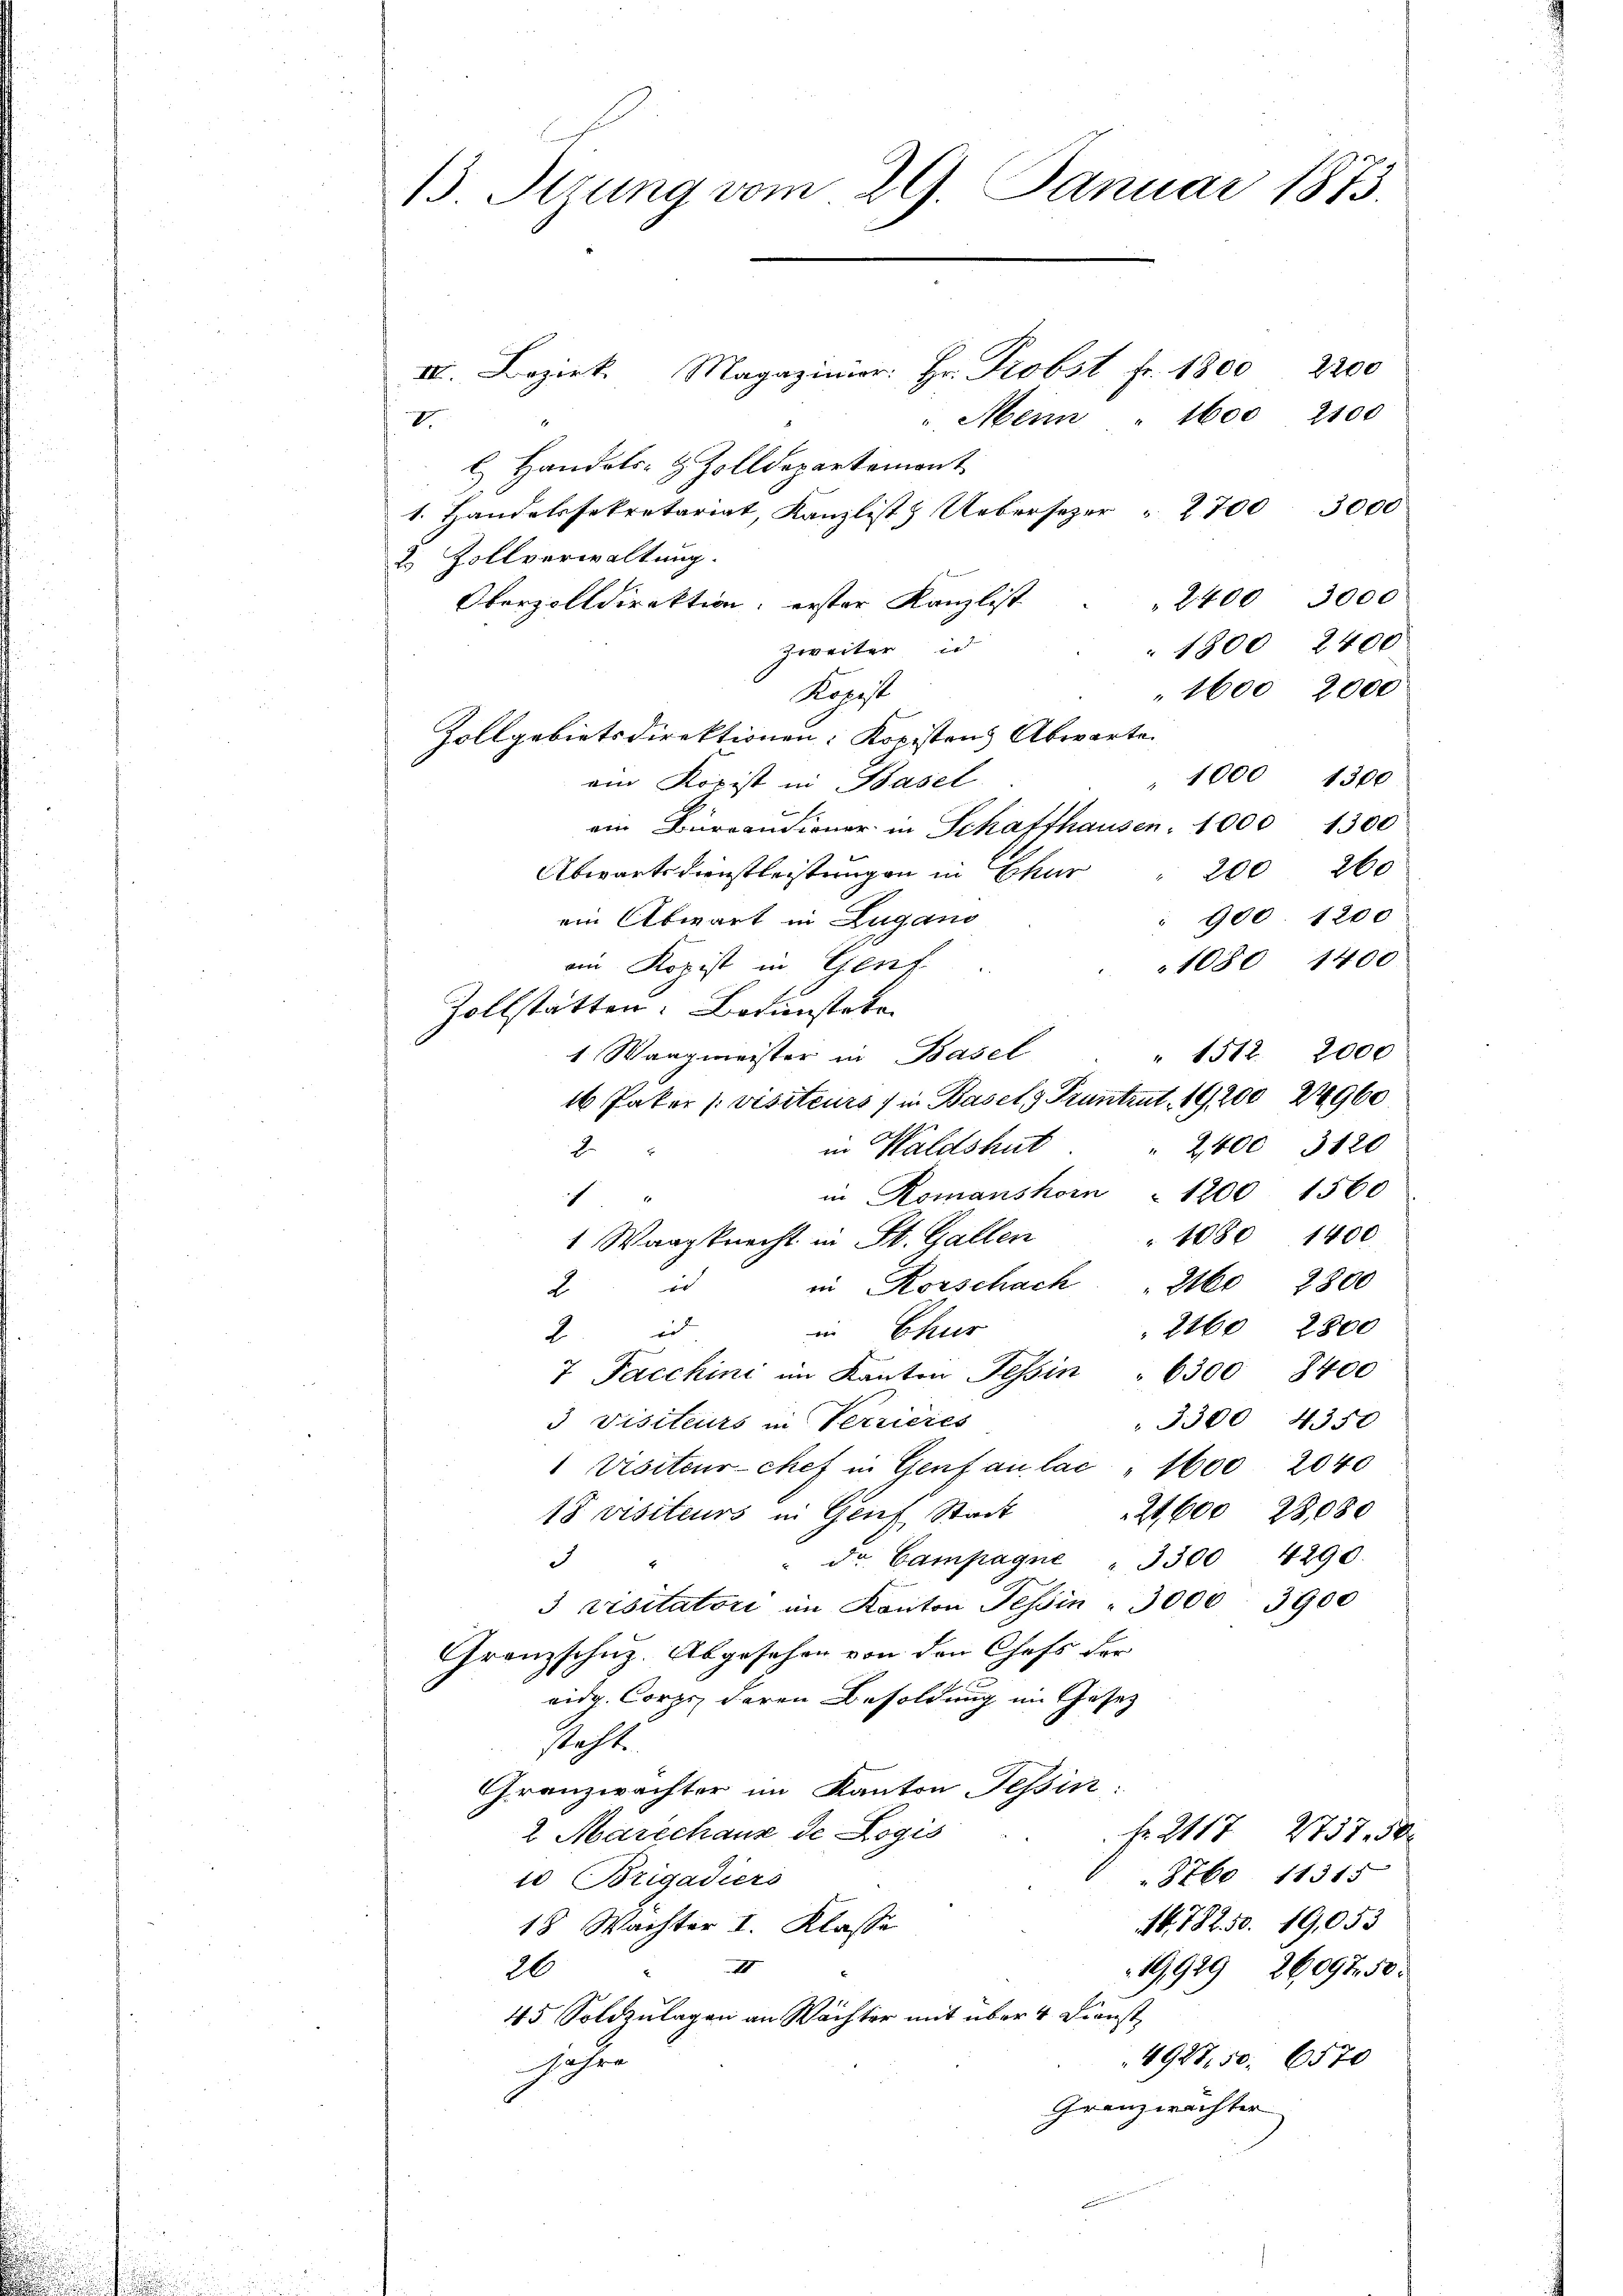
13 Tizung vom 29. Januar 1873.

IV. Bezirk Magazinior. Hr. Probst fr. 1800 2200
 Mein . 1600 2100
I.
l Handels- & Zolldepartement
1. Handelssekretariat, Kanzlist & Uebersezer " 2700 3000
2. Zollverwaltung.
2400 3000
Oberzolldirektion; erster Kanzlist
1800 2400
Zweiter u
1600 2000
Kopst
Zollgebietsdirektionen: Kopistens Abwarte.
1300
" 1000
am Kopist in Basel
ein Bureaudiener in Schafthausen, 1000 1300
200 260
Abwartsdienstleistungen in Chur
900. 1200
ein Abwart in Lugano
1080 1400
ein Kopist in Genf
Zollstätten. Bedienstete.
" 1512. 2000
1 Wanzmeister in Basel
16 Pater /: visiteurs / in Basel 9 Pruntrut. 1920024960
" 2,400 3120
in Waldshut
2
in Romanshorn 1200 1560
f
1080 1400
1 Wargknecht in St. Gallen
2  in Korschach " 2160 2800
2160 2800
in Chur
2. d
u
7 Pacchini im Kanton Tessin " 6500 8400
3300 4350
3 Visiteurs in Terrieres
 Visiteur-Chef in Genf an lac " 1600 2040
21,600 23,080
18 visiteurs in Genf, Stadt
" Dr. Campagne " 3300 4290.
d
3 Visitatori im Kanton Tessin " 3000 3900
Granzschuz. Abgesehen von den Chefs der
eidg. Corps deren Besoldung im Gesetz
steht.
Granzwachter im Kanton Tessin:
2 Marechaus de Logis
Fr. 2117 2757. 50
8760. 11315
10 Brigadiers
M. 782. 50. 19,053
18 Wächter I. Klasse
I
19,929 26097. 50
26
45 Soldzulagen an Wächter mit über 4 Dienst
4927, 50. 6570
Jahre
Grenzwachter